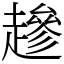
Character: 䟃